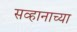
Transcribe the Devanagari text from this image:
सव्हानाच्या